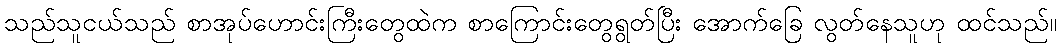
သည်သူငယ်သည် စာအုပ်ဟောင်းကြီးတွေထဲက စာကြောင်းတွေရွတ်ပြီး အောက်ခြေ လွတ်နေသူဟု ထင်သည်။